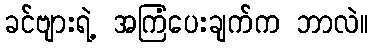
ခင်ဗျားရဲ့ အကြံပေးချက်က ဘာလဲ။